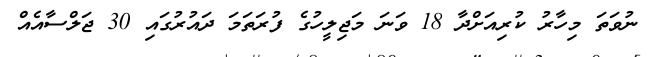
ނުވަތަ މިހާރު ކުރިއަށްދާ 18 ވަނަ މަޖިލީހުގެ ފުރަތަމަ ދައުރުގައި 30 ޖަލްސާއެއް